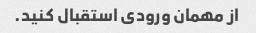
از مهمان ورودی استقبال کنید.